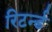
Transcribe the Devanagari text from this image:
रिटर्न्ड